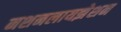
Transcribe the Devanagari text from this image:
नशनलायझेशन